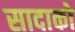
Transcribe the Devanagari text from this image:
सादाको